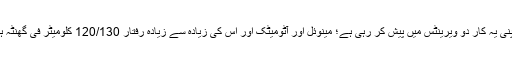
کمپنی یہ کار دو ویرینٹس میں پیش کر رہی ہے؛ مینوئل اور آٹومیٹک اور اس کی زیادہ سے زیادہ رفتار 120/130 کلومیٹر فی گھنٹہ ہے۔